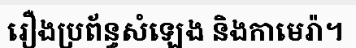
រឿងប្រព័ន្ធសំឡេង និងកាមេរ៉ា។